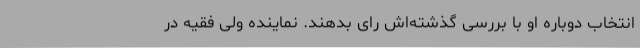
انتخاب دوباره‌ او با بررسی گذشته‌اش رای بدهند. نماینده ولی فقیه در